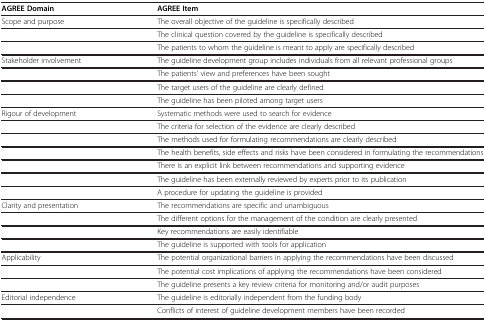
<table><thead><tr><td><b>AGREE Domain</b></td><td><b>AGREE Item</b></td></tr></thead><tbody><tr><td>Scope and purpose</td><td>The overall objective of the guideline is specifically described</td></tr><tr><td> </td><td>The clinical question covered by the guideline is specifically described</td></tr><tr><td> </td><td>The patients to whom the guideline is meant to apply are specifically described</td></tr><tr><td>Stakeholder involvement</td><td>The guideline development group includes individuals from all relevant professional groups</td></tr><tr><td> </td><td>The patients’ view and preferences have been sought</td></tr><tr><td> </td><td>The target users of the guideline are clearly defined</td></tr><tr><td> </td><td>The guideline has been piloted among target users</td></tr><tr><td>Rigour of development</td><td>Systematic methods were used to search for evidence</td></tr><tr><td> </td><td>The criteria for selection of the evidence are clearly described</td></tr><tr><td> </td><td>The methods used for formulating recommendations are clearly described</td></tr><tr><td> </td><td>The health benefits, side effects and risks have been considered in formulating the recommendations</td></tr><tr><td> </td><td>There is an explicit link between recommendations and supporting evidence</td></tr><tr><td> </td><td>The guideline has been externally reviewed by experts prior to its publication</td></tr><tr><td> </td><td>A procedure for updating the guideline is provided</td></tr><tr><td>Clarity and presentation</td><td>The recommendations are specific and unambiguous</td></tr><tr><td> </td><td>The different options for the management of the condition are clearly presented</td></tr><tr><td> </td><td>Key recommendations are easily identifiable</td></tr><tr><td> </td><td>The guideline is supported with tools for application</td></tr><tr><td>Applicability</td><td>The potential organizational barriers in applying the recommendations have been discussed</td></tr><tr><td> </td><td>The potential cost implications of applying the recommendations have been considered</td></tr><tr><td> </td><td>The guideline presents a key review criteria for monitoring and/or audit purposes</td></tr><tr><td>Editorial independence</td><td>The guideline is editorially independent from the funding body</td></tr><tr><td> </td><td>Conflicts of interest of guideline development members have been recorded</td></tr></tbody></table>